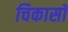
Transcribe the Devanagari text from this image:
चिकासॉ